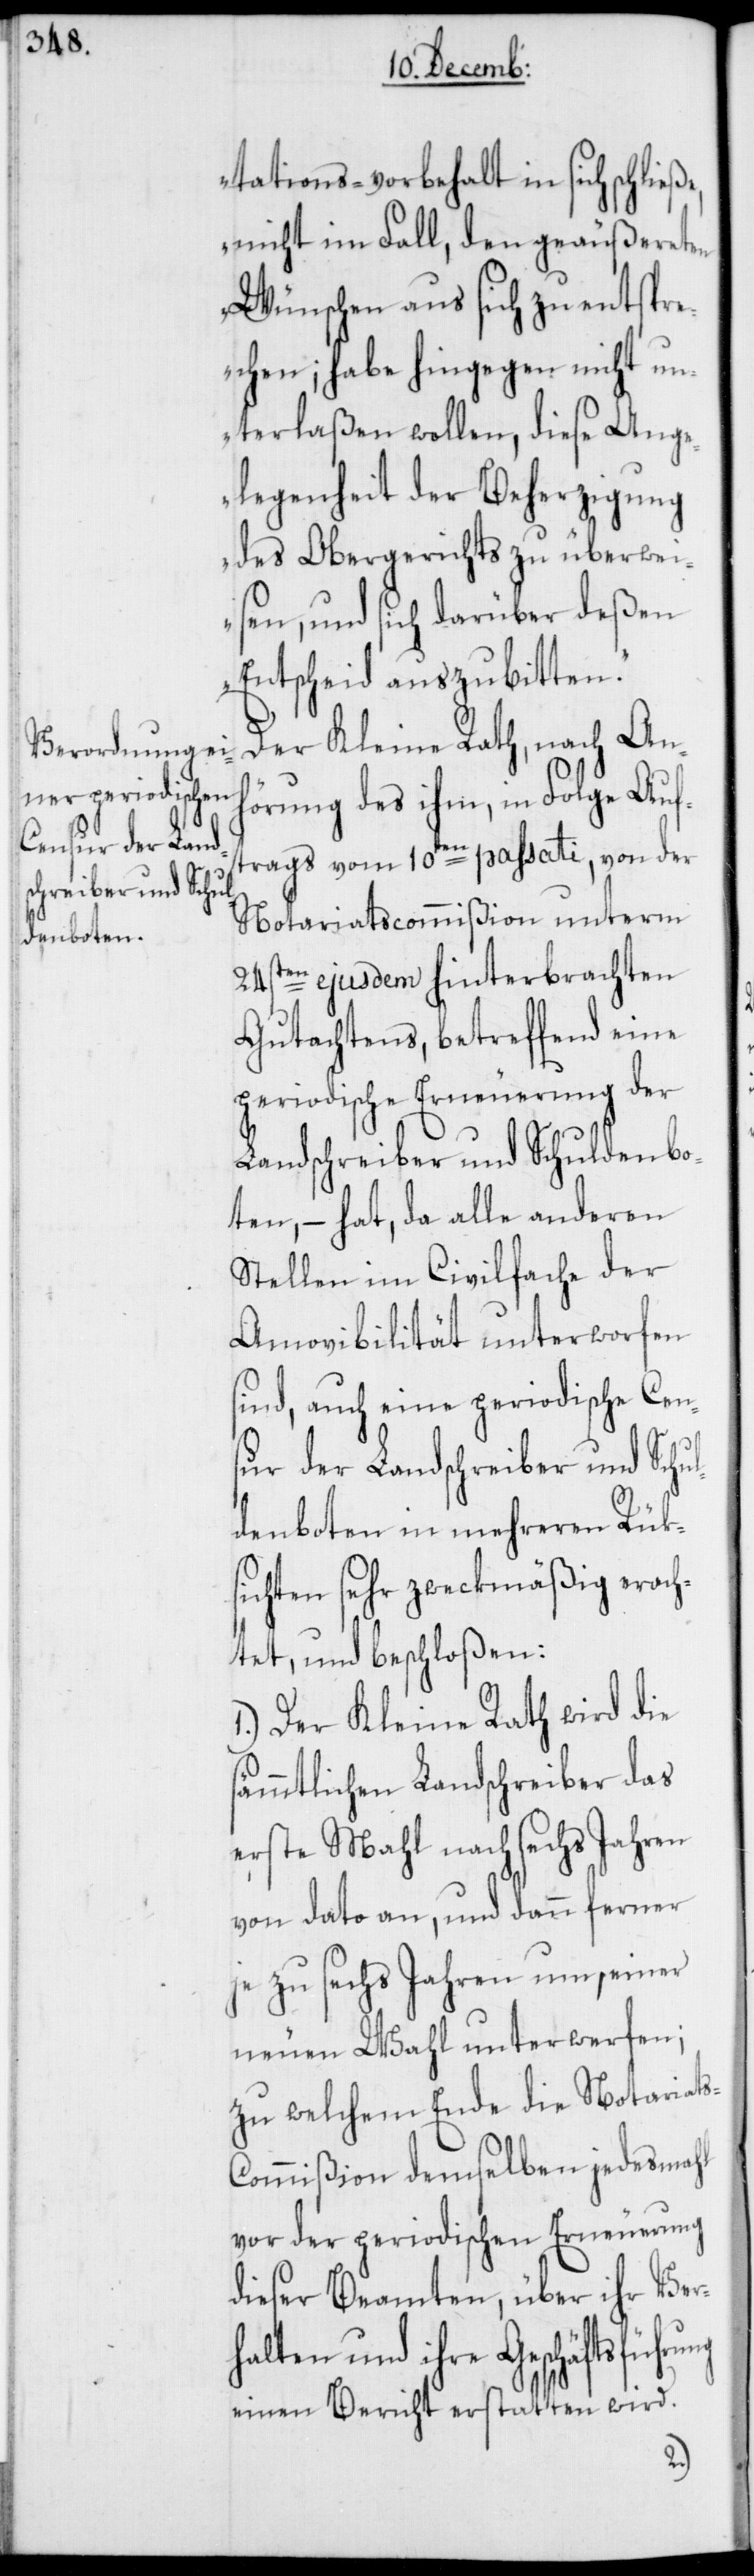
tations-vorbehalt in sich schließ¬
nicht im Fall, den geäußereten
Wünschen aus sich zu entspre¬
chen; habe hingegen nicht un¬
terlaßen wollen, diese Ang¬
elegenheit der Beherzigung
des Obergerichts zu überwei¬
sen, und sich darüber deßen
Entscheid auszubitten.“
Der Kleine Rath, nach Anh¬
örung des ihm, in Folge Auf¬
trags vom 10ten passati, von der
Notariatscommißion unterm
24sten ejusdem hinterbrachten
Gutachtens, betreffend eine
periodische Erneuerung der
Landschreiber und Schuldenbo¬
ten, – hat, da alle anderen
Stellen im Civilfache der
Amovibilität unterworfen
sind, auch eine periodische Cen¬
sur der Landschreiber und Schu¬
ldenboten in mehreren Rük¬
sichten sehr zweckmäßig erach¬
tet, und beschloßen:
1.) Der Kleine Rath wird die
sämmtlichen Landschreiber das
erste Mahl nach sechs Jahren
von Dato an, und dann ferner
je zu sechs Jahren um, einer
neuen Wahl unterwerfen;
zu welchem Ende die Notariat¬
ommißion demselben jedesmahl
vor der periodischen Erneuerung
dieser Beamten, über ihr Ver¬
halten und ihre Geschäftsführung
einen Bericht erstatten wird.
s-C¬